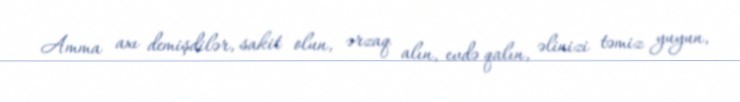
Amma axı demişdilər, sakit olun, ərzaq alın, evdə qalın, əlinizi təmiz yuyun,